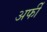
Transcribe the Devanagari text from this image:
अर्फी